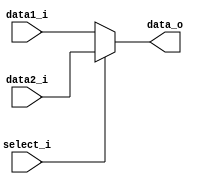
module MUX32
(
	data1_i,
	data2_i,
	select_i,
	data_o
);

input	[31:0]		data1_i;	// register data
input	[31:0]		data2_i;	// immediate data
input				select_i;
output	[31:0]		data_o;

assign	data_o		= (select_i==0) ? data1_i:
					  (select_i==1) ? data2_i:
					  0;

endmodule